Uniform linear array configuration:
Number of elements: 4
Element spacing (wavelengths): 1
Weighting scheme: blackman
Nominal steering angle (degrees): -15
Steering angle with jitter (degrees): -14.315
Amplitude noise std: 0.05
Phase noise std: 0.05

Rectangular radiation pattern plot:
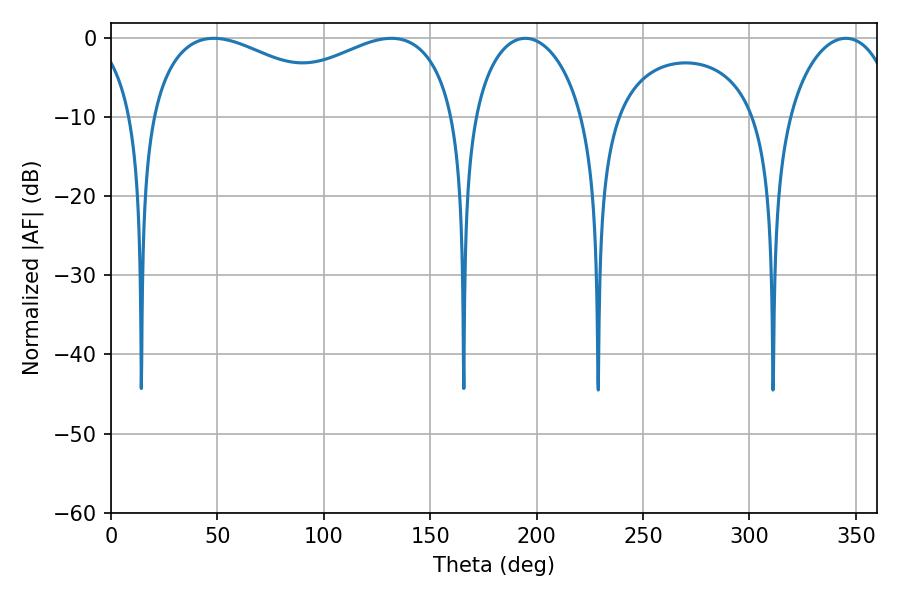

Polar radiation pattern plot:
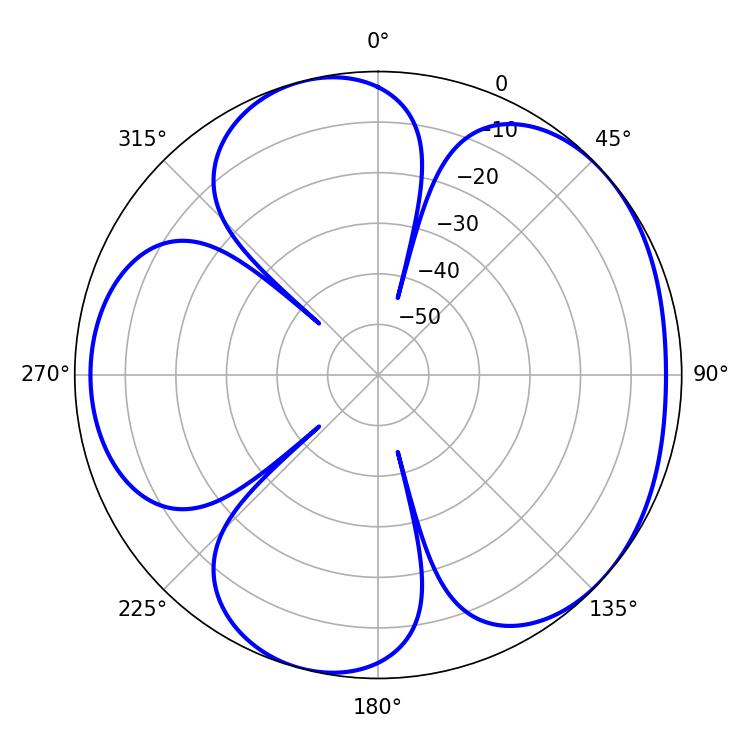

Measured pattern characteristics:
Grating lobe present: TRUE
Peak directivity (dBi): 4.769
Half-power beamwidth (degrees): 55.26
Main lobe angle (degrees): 48.24